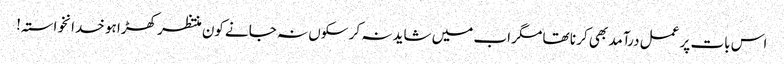
اس بات پر عمل درآمد بھی کر نا تھا مگر اب میں شاید نہ کر سکوں نہ جانے کون منتظر کھڑا ہو خدانخواستہ!